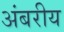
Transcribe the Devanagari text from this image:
अंबरीय